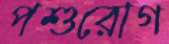
পশুরোগ